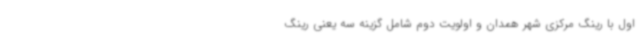
اول با رینگ مرکزی شهر همدان و اولویت دوم شامل گزینه سه یعنی رینگ